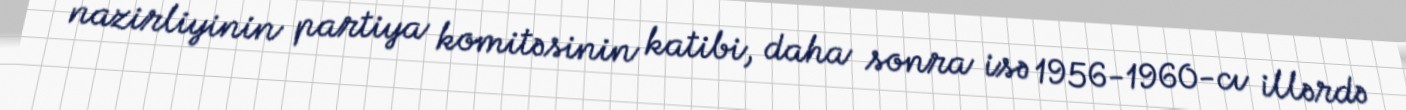
nazirliyinin partiya komitəsinin katibi, daha sonra isə 1956-1960-cı illərdə